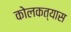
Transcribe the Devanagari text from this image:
कोलकत्यास